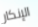
الإنكار